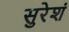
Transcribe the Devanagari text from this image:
सुरेशं